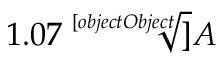
1 . 0 7 { \sqrt [ [object Object] ] { A } }